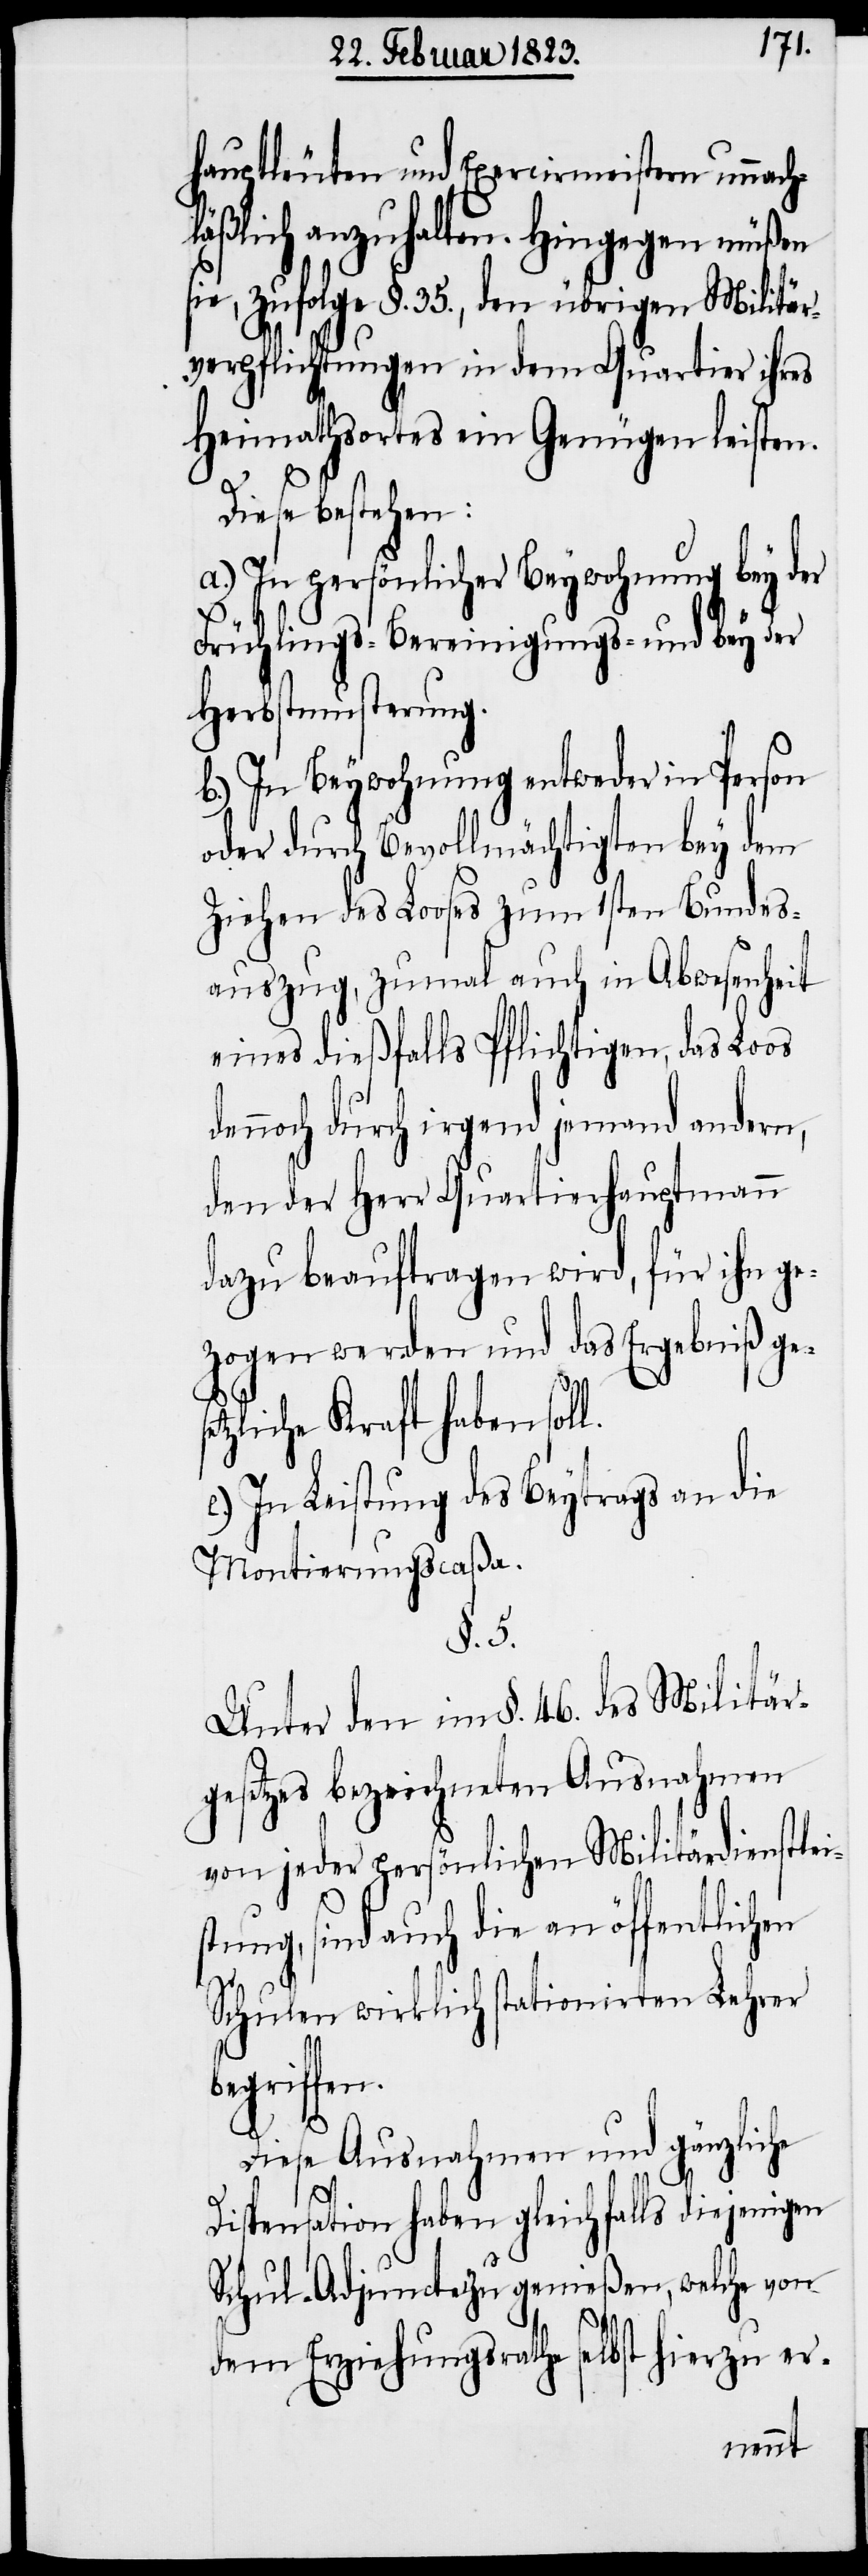
hauptleuten und Exercirmeistern unnach¬
äßlich anzuhalten. Hingegen müßen
zufolge §. 35., den übrigen Militär¬
verpflichtungen in dem Quartier ihres
Heimathsortes ein Genügen leisten.
Diese bestehen:
a.) In persönlicher Beywohnung bey der
Frühlings-[,] Bereinigungs- und bey der
Herbstmusterung.
b.) In Beywohnung entweder in Peson
oder durch Bevollmächtigten bey dem
Ziehen des Looses zum 1sten Bundes¬
auszug, zumal auch in Abwesenheit
eines dießfalls Pflichtigen, das Loos
noch durch irgend jemand andern,
den der Herr Quartierhauptmann
dazu beauftragen wird, für ihn ge¬
zogen werden und das Ergebniß ge¬
n.
tzliche Kraft haben sol¬
In Leistung des Beytrags an die
Montierungscaßa.
§. 5.
Unter den im §. 46. des Militär¬
gesetzes bezeichneten Ausnahmen
von jeder persönlichen Militärdienstlei¬
stung, sind auch die an öffentlichen
Schulen wirklich stationirten Lehrer
begriffe¬
Diese Ausnahmen und gänzliche
Dispensation haben gleichfalls diejenigen
Schul-Adjuncte zu genießen, welche von
dem Erziehungsrathe selbst hierzu er-